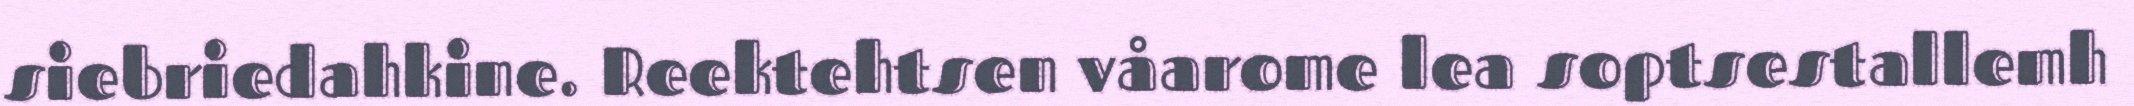
siebriedahkine. Reektehtsen våarome lea soptsestallemh